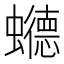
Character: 𮕏